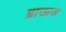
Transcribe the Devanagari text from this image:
ब्राऊज